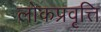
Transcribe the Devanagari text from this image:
लोकप्रवृत्ति